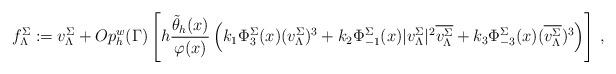
LaTeX: \begin{align*} f^{\Sigma}_{\Lambda}:= v^{\Sigma}_{\Lambda} + Op_h^w(\Gamma) \left[h \frac{\tilde{\theta}_h(x)}{\varphi(x)} \left(k_1 \Phi^{\Sigma}_3(x) (v^{\Sigma}_{\Lambda})^3 + k_2 \Phi^{\Sigma}_{-1}(x)|v^{\Sigma}_{\Lambda}|^2\overline{v^{\Sigma}_{\Lambda}} + k_3 \Phi^{\Sigma}_{-3}(x)(\overline{v^{\Sigma}_{\Lambda}})^3 \right)\right] \, ,\end{align*}